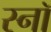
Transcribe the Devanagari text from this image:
स्नॉ